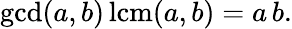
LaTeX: \operatorname*{gcd}(a,b)\operatorname{lcm}(a,b)=a\, b.